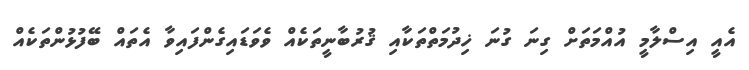
އެއީ އިސްލާމީ އުއްމަތަށް ގިނަ ގުނަ ޚިދުމަތްތަކާއި ޤުރުބާނީތަކެއް ވެވަޑައިގެންފައިވާ އެތައް ބޭފުޅުންތަކެއް